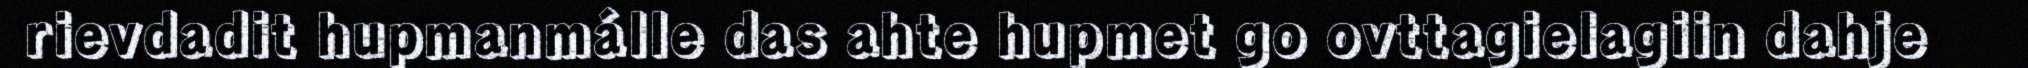
rievdadit hupmanmálle das ahte hupmet go ovttagielagiin dahje